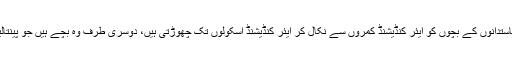
ایک طرف غریب کے پسینے سے چلنے والی موٹے ٹائروں والی سرکاری گاڑیاں ہیں، جو سیاستدانوں کے بچوں کو ایئر کنڈیشنڈ کمروں سے نکال کر ایئر کنڈیشنڈ اسکولوں تک چھوڑتی ہیں، دوسری طرف وہ بچے ہیں جو پینتالیس ڈگری سینٹی گریڈ میں بسوں اور ویگنوں سے لٹک کر سرکاری اسکولوں تک پہنچتے ہیں۔